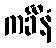
ကင်္ခီနံ